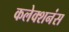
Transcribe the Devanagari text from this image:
कलेक्शनंस